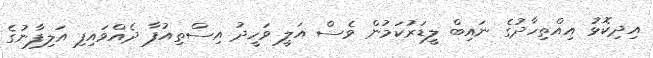
އިދިކޮޅު އިއްތިހާދުގެ ނައިބް ލީޑަރުކަމުން ވެސް އަލީ ވަހީދު އިސްތިއުފާ ދެއްވައިފި އަލިފާނުގެ